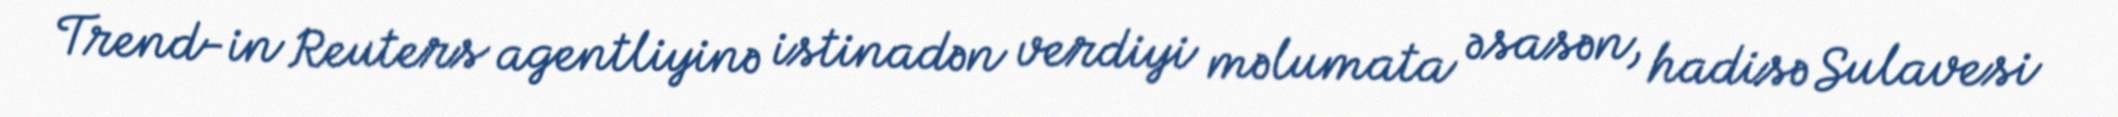
Trend-in Reuters agentliyinə istinadən verdiyi məlumata əsasən, hadisə Sulavesi